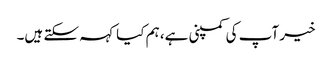
خیر آپ کی کمپنی ہے، ہم کیا کہہ سکتے ہیں۔